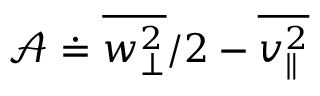
\mathcal { A } \doteq \overline { { w _ { \perp } ^ { 2 } } } / 2 - \overline { { v _ { \parallel } ^ { 2 } } }